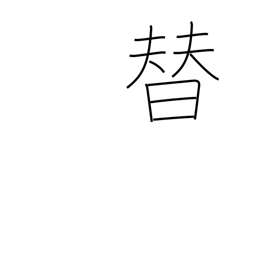
Meaning: per-